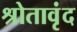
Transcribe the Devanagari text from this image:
श्रोतावृंद